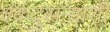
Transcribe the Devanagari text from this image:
एकदुसऱ्याशी